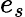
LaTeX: e_{s}